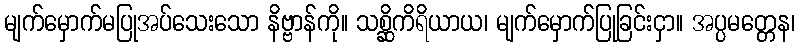
မျက်မှောက်မပြုအပ်သေးသော နိဗ္ဗာန်ကို။ သစ္ဆိကိရိယာယ၊ မျက်မှောက်ပြုခြင်းငှာ။ အပ္ပမတ္တေန၊